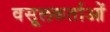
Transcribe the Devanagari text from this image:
वसूलकर्ताओं